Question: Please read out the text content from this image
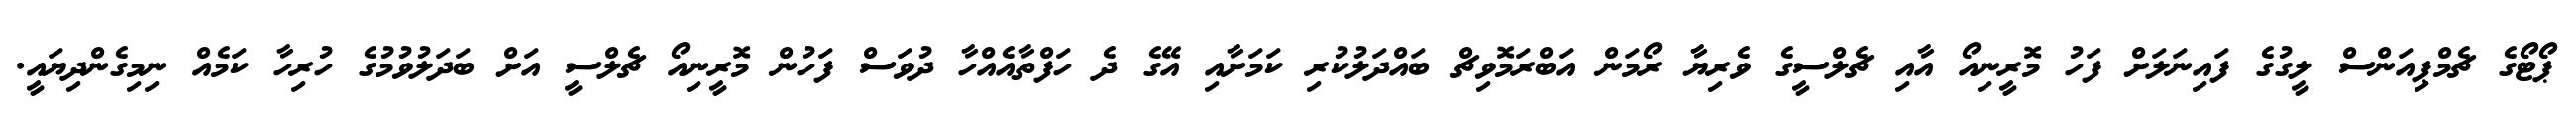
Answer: ޕޯޓޯގެ ޗެމްޕިއަންސް ލީގުގެ ފައިނަލަށް ފަހު މޮރީނިއޯ އާއި ޗެލްސީގެ ވެރިޔާ ރޯމަން އަބްރަމޮވިޗް ބައްދަލުކުރި ކަމަށާއި އޭގެ ދެ ހަފްތާއެއްހާ ދުވަސް ފަހުން މޮރީނިއޯ ޗެލްސީ އަށް ބަދަލުވުމުގެ ހުރިހާ ކަމެއް ނިމިގެންދިޔައީ.